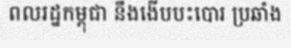
ពលរដ្ឋកម្ពុជា នឹងងើបបះបោរ ប្រឆាំង